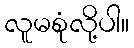
လူမစုံလို့ပါ။